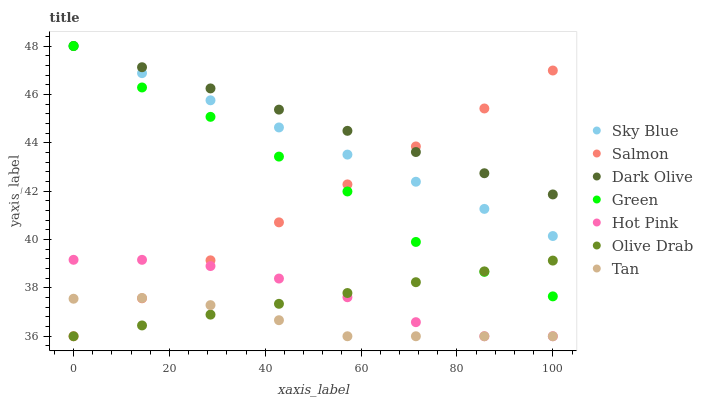
| xaxis_label | Sky Blue | Salmon | Dark Olive | Green | Hot Pink | Olive Drab | Tan |
 | --- | --- | --- | --- | --- | --- | --- | --- |
 | 0 | 48 | 36 | 48 | 48 | 39.2 | 36 | 37.6 |
 | 14.3 | 46.9 | 37.6 | 47.1 | 46.3 | 39.2 | 36.4 | 37.6 |
 | 28.6 | 45.8 | 39.1 | 46.2 | 45.1 | 38.9 | 36.9 | 37.3 |
 | 42.9 | 44.6 | 40.7 | 45.4 | 43.4 | 38.4 | 37.3 | 36.7 |
 | 57.1 | 43.5 | 42.3 | 44.5 | 42 | 37.6 | 37.8 | 36 |
 | 71.4 | 42.4 | 43.8 | 43.6 | 39.9 | 36.6 | 38.2 | 36 |
 | 85.7 | 41.3 | 45.4 | 42.7 | 38.7 | 36 | 38.7 | 36 |
 | 100 | 40.1 | 47 | 41.9 | 37.6 | 36 | 39.1 | 36 |